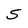
Character: S